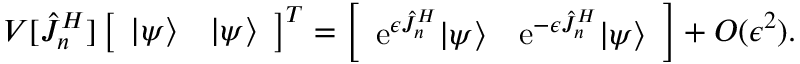
V [ \hat { J } _ { n } ^ { H } ] \left[ \begin{array} { l l } { | \psi \rangle } & { | \psi \rangle } \end{array} \right] ^ { T } = \left[ \begin{array} { l l } { \mathrm { e } ^ { \epsilon \hat { J } _ { n } ^ { H } } | \psi \rangle } & { \mathrm { e } ^ { - \epsilon \hat { J } _ { n } ^ { H } } | \psi \rangle } \end{array} \right] + O ( \epsilon ^ { 2 } ) .